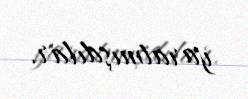
yaratmışdılar.